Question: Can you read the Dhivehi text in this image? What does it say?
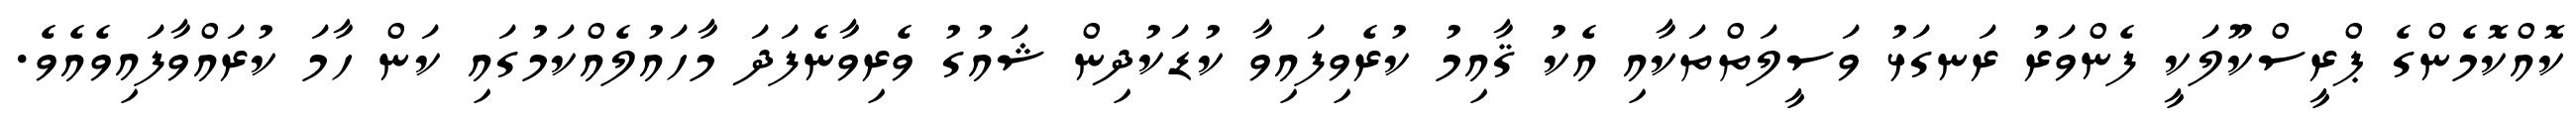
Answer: ކޮއްކޮމެންގެ ޕްރީސްކޫލަކީ ފެންވަރު ރަނގަޅު ވަސީލަތްތަކާއި އެކު ޤާއިމު ކުރެވިފައިވާ ކުޑަކުދިން ޝައުގު ވެރިވާނެފަދަ މާހައުލެއްކަމުގައި ކަން ހާމަ ކުރައްވާފައިވެއެވެ.